Vaccine operations Central Provinces & Berar 1912-1920 - 1912-1920
Year: 1912
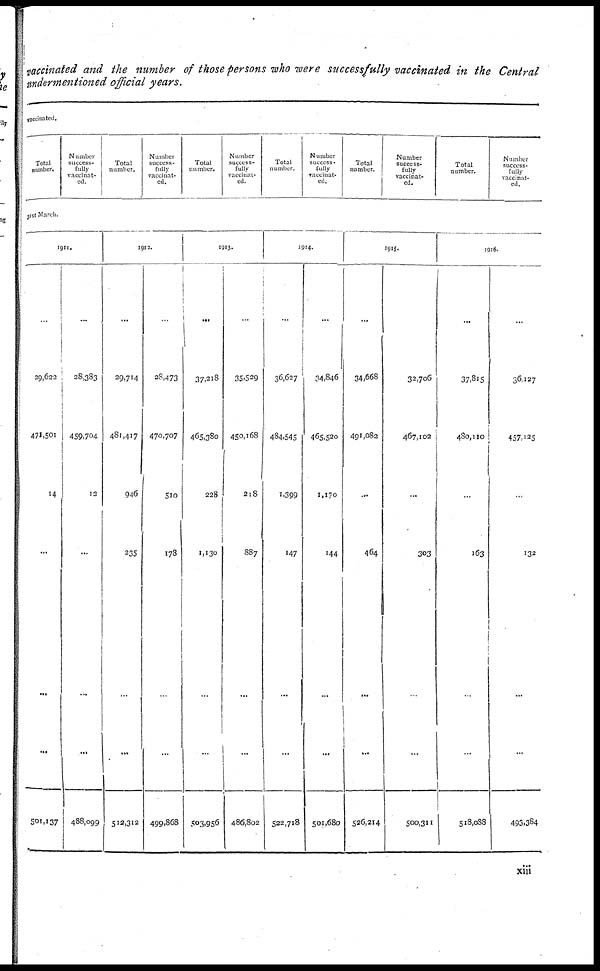
vaccinated and the number of those persons who were successfully vaccinated in the Central
undermentioned official years.
vaccinated.
Total
number.
Number
success-
fully
vaccinat-
ed.
Total
number.
Number
success-
fully
vaccinat-
ed.
Total
number.
Number
success-
fully
vaccinat-
ed.
Total
number.
Number
success-
fully
vaccinat-
ed.
Total
number.
Number
success-
fully
vaccinat-
ed.
Total
number.
Number
success-
fully
vaccinat-
ed.
31st March.
1911
...
29,622
471,501
14
...
...
...
501,137
...
28,383
459,704
12
...
...
...
488,099
1912.
...
29,714
481,417
946
235
...
...
512,312
...
28,473
470,707
510
178
...
...
499,868
1913.
...
37,218
465,380
228
1,130
...
...
503,956
...
35,529
450,168
218
887
...
...
486,802
1914.
...
36,627
484,545
1,399
147
...
...
522,718
...
34,846
465,520
1,170
144
...
...
501,680
1915.
...
34,668
491,082
...
464
...
...
526,214
...
32,706
467,102
...
303
...
...
500,311
1916.
...
37,815
480,110
...
163
...
...
518,088
...
36,127
457,125
...
132
...
...
493,384
xiii